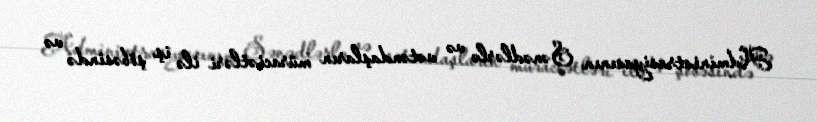
Administrasiyasının Sənədlərlə və vətəndaşların müraciətləri ilə iş şöbəsində və